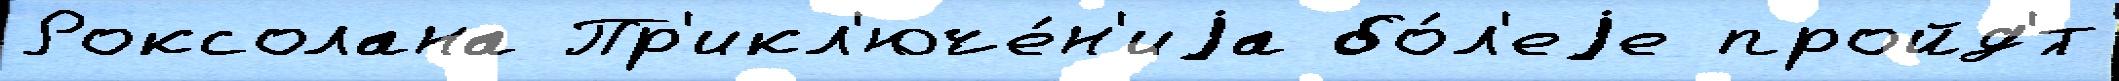
Роксолана Пр'икл'юче́н'иjа бо́л'еjе пройд'́т